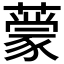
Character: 𬟃